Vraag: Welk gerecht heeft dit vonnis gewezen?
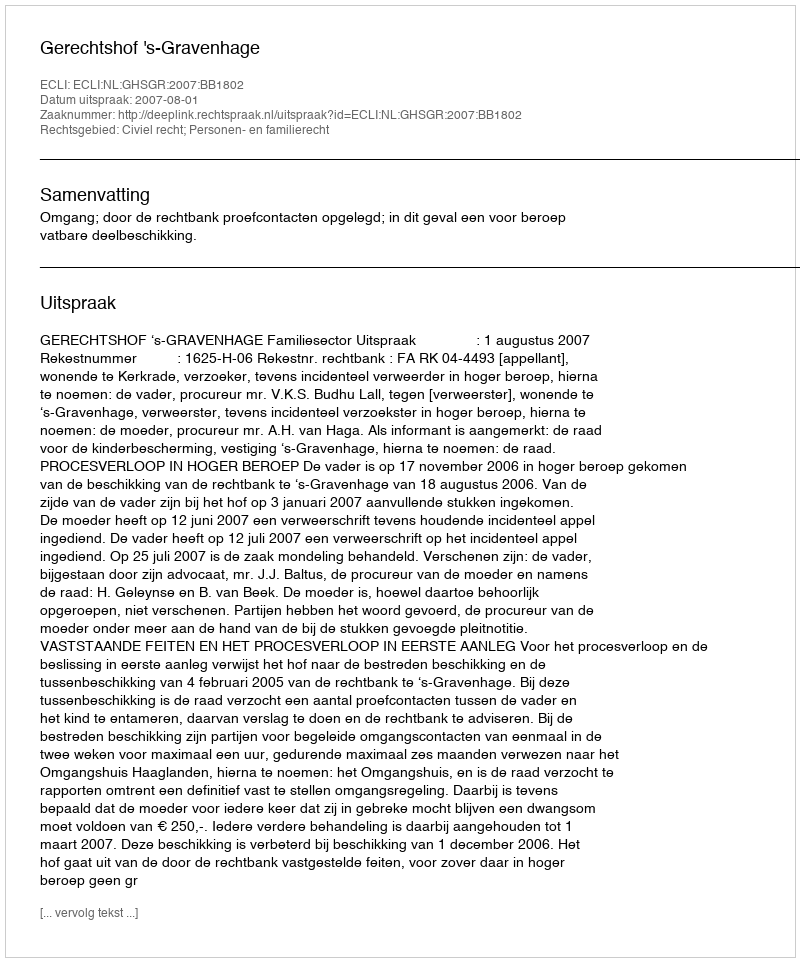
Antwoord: Gerechtshof 's-Gravenhage